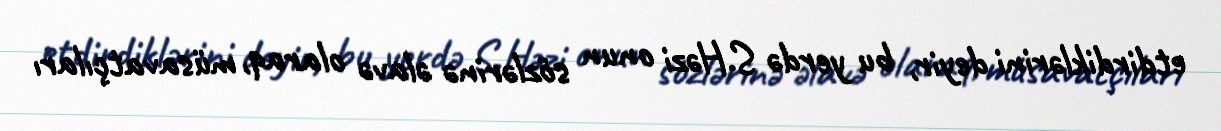
etdirdiklərini deyir, bu yerdə S.Həzi onun sözlərinə əlavə olaraq, müsavatçıları